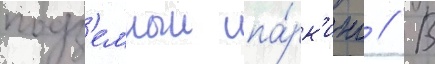
подз'емныи па́рк'инг // В